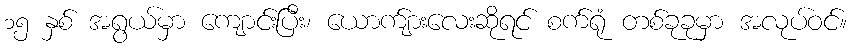
၁၅ နှစ် အရွယ်မှာ ကျောင်းပြီး၊ ယောက်ျားလေးဆိုရင် စက်ရုံ တစ်ခုခုမှာ အလုပ်ဝင်။